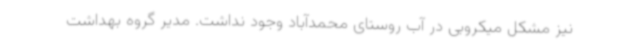
نیز مشکل میکروبی در آب روستای محمدآباد وجود نداشت. مدیر گروه بهداشت